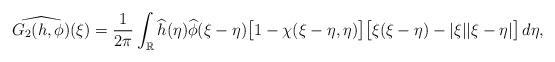
LaTeX: \begin{align*}\widehat{G_2(h,\phi)}(\xi)=\frac{1}{2\pi}\int_{\mathbb{R}}\widehat{h}(\eta)\widehat{\phi}(\xi-\eta)\big[1-\chi(\xi-\eta,\eta)\big]\big[\xi(\xi-\eta) -|\xi||\xi-\eta|\big]\,d\eta,\end{align*}